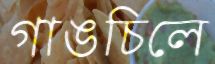
গাঙচিলে